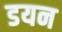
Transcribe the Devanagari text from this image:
डयन